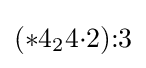
(*4_{2}4{\cdot }2){:}3